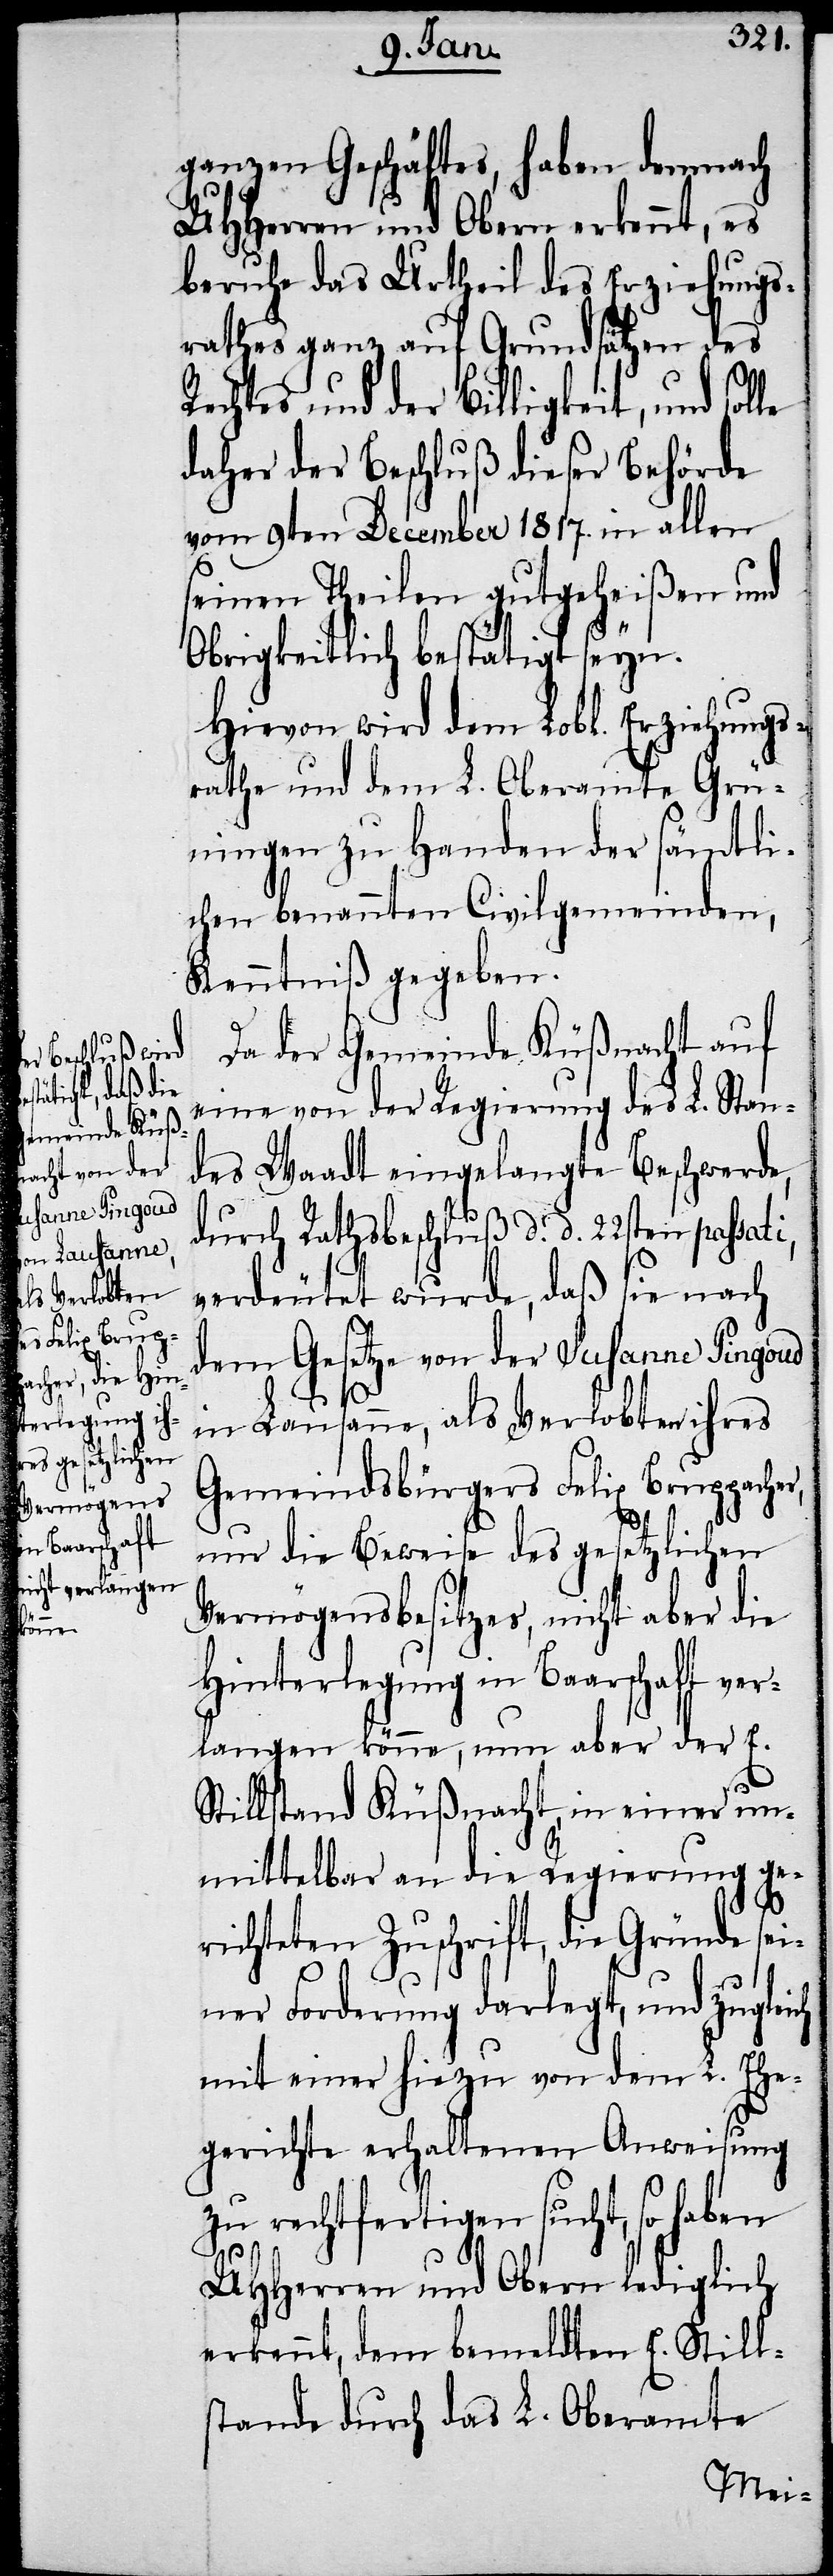
ganzen Geschäftes, haben demnach
UHHerren und Obern erkennt, es
beruhe das Urtheil des Erziehungs¬
rathes ganz auf Grundsätzen des
Rechtes und der Billigkeit, und sol¬
daher der Beschluß dieser Behörde
vom 9ten December 1817. in allen
seinen Theilen gutgeheißen und
Obrigkeitlich bestätigt seyn.
Hievon wird dem Lobl. Erziehungs¬
rathe und dem L. Oberamte Grü¬
ningen zu Handen der sämtli¬
chen benannten Civilgemeinden,
Kenntniß gegeben.
Da der Gemeinde Küßnacht auf
eine von der Regierung des L. Stan¬
des Waadt eingelangte Beschwerde,
durch Rathsbeschluß d. d. 22sten passat¬
verdeutet wurde, daß sie nach
dem Gesetze von der Susanne Pingoud
in Lausanne, als Verlobten ihres
Gemeindsbürgers Felix Bruppacher,
nur die Beweise des gesetzlichen
Vermögensbesitzes, nicht aber die
Hinterlegung in Baarschaft ver¬
langen könne, nun aber der E.
Stillstand Küßnacht, in einer un¬
mittelbar an die Regierung ge¬
ch
richteten Zuschrift, die Gründe sei¬
ner Forderung darlegt, und zuglei¬
mit einer hiezu von dem L. Ehe¬
i,
gerichte erhaltenen Anweisung
zu rechtfertigen sucht, so haben
UHHerren und Obern lediglich
erkennt, dem bemeldten E. Still¬
stande durch das L. Oberamte